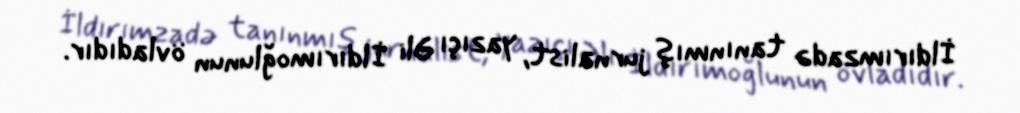
İldırımzadə tanınmış jurnalist, yazıçı Əli İldırımoğlunun övladıdır.